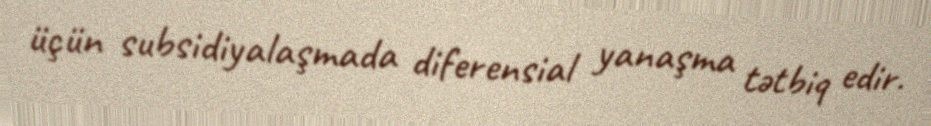
üçün subsidiyalaşmada diferensial yanaşma tətbiq edir.